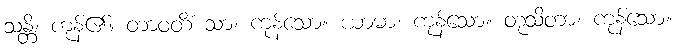
သန္တိ၊ ကုန်၏။ တာဝတိံ သာ၊ ကုန်သော။ ယာမာ၊ ကုန်သော။ တုသိတာ၊ ကုန်သော။